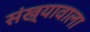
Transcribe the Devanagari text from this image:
संख्यावाला